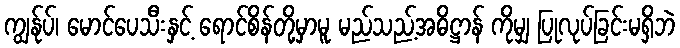
ကျွန်ုပ်၊ မောင်ပေသီးနှင့် ရောင်စိန်တို့မှာမူ မည်သည့်အဓိဋ္ဌာန် ကိုမျှ ပြုလုပ်ခြင်းမရှိဘဲ